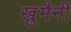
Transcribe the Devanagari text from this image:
खु़मैनी